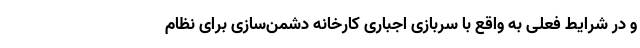
و در شرایط فعلی به واقع با سربازی اجباری کارخانه دشمن‌سازی برای نظام